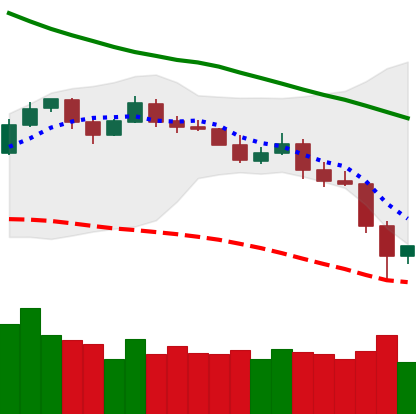
Ticker: LTC-USD
Chart end date: 2019-11-23
Forward return: -3.387%
Label: down_3_5